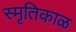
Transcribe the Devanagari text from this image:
स्मृतिकाळ